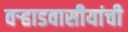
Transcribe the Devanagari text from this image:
वर्‍हाडवासीयांची